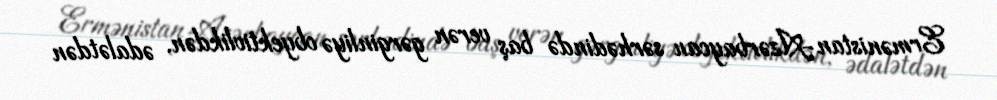
Ermənistan-Azərbaycan sərhədində baş verən gərginliyə obyektivlikdən, ədalətdən